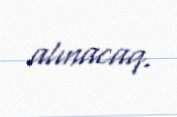
alınacaq.